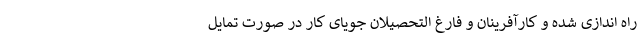
راه اندازی شده و کارآفرینان و فارغ التحصیلان جویای کار در صورت تمایل